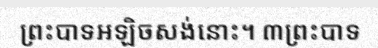
ព្រះបាទអឡិចសង់នោះ។ ៣ព្រះបាទ